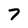
Character: 7